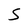
Character: S